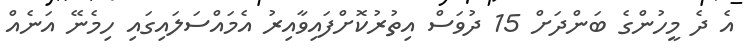
އެ ދެ މީހުންގެ ބަންދަށް 15 ދުވަސް އިތުރުކޮށްފައިވާއިރު އެމައްސަލައިގައި ހިމެނޭ އަނެއް